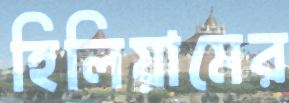
হিলিয়ামের